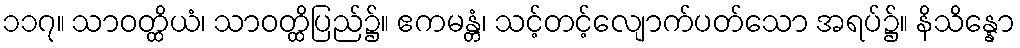
၁၁၇။ သာဝတ္ထိယံ၊ သာဝတ္ထိပြည်၌။ ဧကမန္တံ၊ သင့်တင့်လျောက်ပတ်သော အရပ်၌။ နိသိန္နော